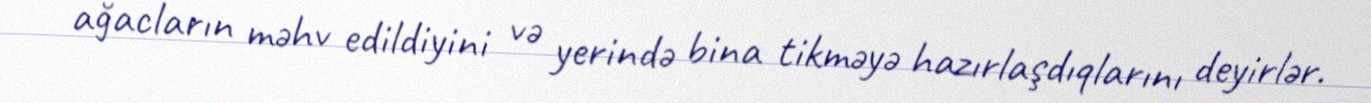
ağacların məhv edildiyini və yerində bina tikməyə hazırlaşdıqlarını deyirlər.